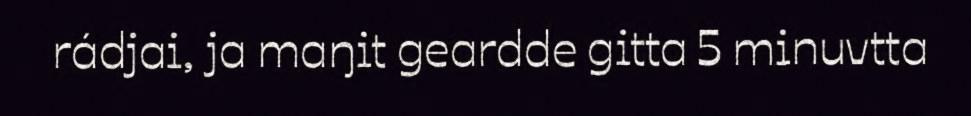
rádjai, ja maŋit geardde gitta 5 minuvtta